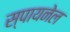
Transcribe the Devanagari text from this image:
स्पायनेल